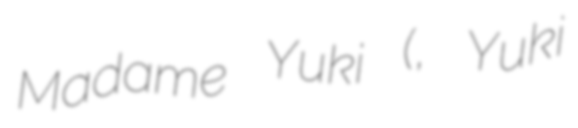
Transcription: Madame Yuki (雪夫人絵図, Yuki